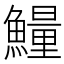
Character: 𱇁